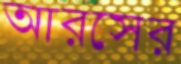
আরসের